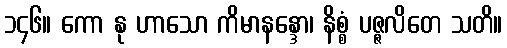
၁၄၆။ ကော နု ဟာသော ကိမာနန္ဒော၊ နိစ္စံ ပဇ္ဇလိတေ သတိ။